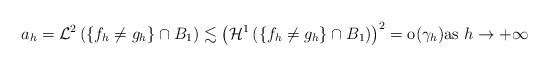
LaTeX: \begin{align*} a_h = \mathcal{L}^2\left( \left\{ f_h \neq g_h \right\}\cap B_1 \right) \lesssim \left( \mathcal{H}^1\left( \left\{ f_h \neq g_h \right\}\cap B_1 \right) \right)^2 = {\rm o}(\gamma_h) \mbox{as } h \to +\infty \end{align*}